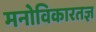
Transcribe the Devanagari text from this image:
मनोविकारतज्ञ